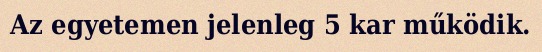
Az egyetemen jelenleg 5 kar működik.